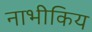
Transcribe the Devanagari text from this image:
नाभीकिय